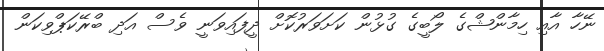
ނޭހާ އާއި ހިމާންޝްގެ ލޯބީގެ ގުޅުން ކަށަވަރުކޮށް ދީފައިވަނީ ވެސް އަދި ބްރޭކަޕްވިކަން